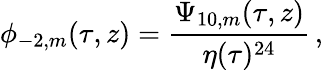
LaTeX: \phi_{-2,m}(\tau,z)=\frac{\Psi_{10,m}(\tau,z)}{\eta(\tau)^{24}}\, ,